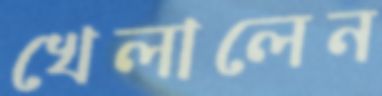
খেলালেন